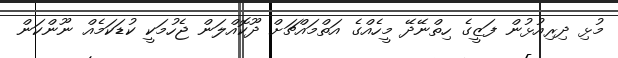
މުޅި ދިރިއުޅުން ފަޒީގެ ހިތްނޭދޭ މީހެއްގެ އަތްމައްޗަށް ދޫކޮއްލަން ޖެހުމަކީ ކުޑަކަމެއް ނޫންކަން